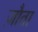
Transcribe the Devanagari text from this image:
ज़ौता